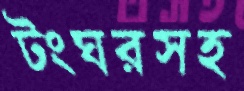
টংঘরসহ